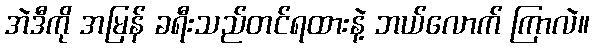
အဲဒီကို အမြန် ခရီးသည်တင်ရထားနဲ့ ဘယ်လောက် ကြာလဲ။